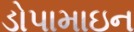
ડોપામાઇન